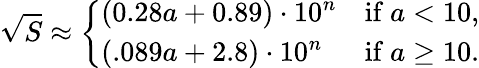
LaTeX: {\sqrt{S}}\approx{\left\{ \begin{array}{ll}{(0.28a+0.89)\cdot 10^{n}}&{{\mathrm{if~}}a<10,}\\ {(.089a+2.8)\cdot 10^{n}}&{{\mathrm{if~}}a\geq 10.}\end{array}\right.}